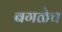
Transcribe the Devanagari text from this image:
बगळेच